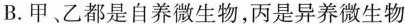
B.甲、乙都是自养微生物，丙是异养微生物